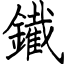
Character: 䥫